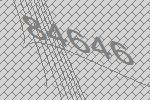
84646